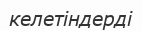
келетіндерді